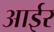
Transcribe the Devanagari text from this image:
आईर